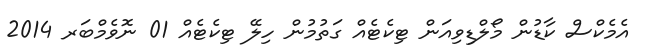
އެމެކްސް ކާޑުން މޯލްޑިވިއަން ޓިކެޓެއް ގަތުމުން ހިލޭ ޓިކެޓެއް 01 ނޮވެމްބަރ 2014